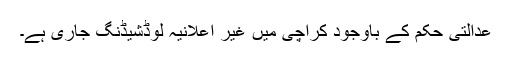
عدالتی حکم کے باوجود کراچی میں غیر اعلانیہ لوڈشیڈنگ جاری ہے۔